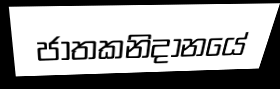
ජාතකනිදානයේ